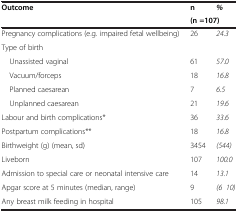
| Outcome | n | % |
 |  | <COLSPAN=2> (n =107) |
 | --- | --- | --- |
 | Pregnancy complications (e.g. impaired fetal wellbeing) | 26 | 24.3 |
 | Type of birth |  |  |
 | Unassisted vaginal | 61 | 57.0 |
 | Vacuum/forceps | 18 | 16.8 |
 | Planned caesarean | 7 | 6.5 |
 | Unplanned caesarean | 21 | 19.6 |
 | Labour and birth complications* | 36 | 33.6 |
 | Postpartum complications** | 18 | 16.8 |
 | Birthweight (g) (mean, sd) | 3454 | (544) |
 | Liveborn | 107 | 100.0 |
 | Admission to special care or neonatal intensive care | 14 | 13.1 |
 | Apgar score at 5 minutes (median, range) | 9 | (6–10) |
 | Any breast milk feeding in hospital | 105 | 98.1 |